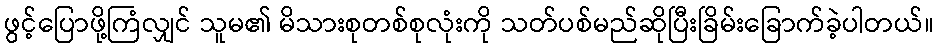
ဖွင့်ပြောဖို့ကြံလျှင် သူမ၏ မိသားစုတစ်စုလုံးကို သတ်ပစ်မည်ဆိုပြီးခြိမ်းခြောက်ခဲ့ပါတယ်။